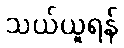
သယ်ယူရန်